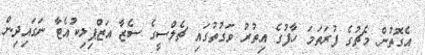
އެގޮތުން މެޗުގެ ފުރަތަމަ ހާފުގެ އިތުރު ވަގުތުގައި ޗެލްސީގެ ސެޒާ އަޒްޕިލިކުއެޓާ ނަގައިދިން